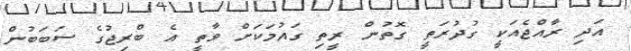
އަދި ރާއްޖެއަކީ ގުދުރަތީ ގޮތުން ރީތި ގައުމަކަށް ވާތީ އެ ބްރިޖުގެ ސަބަބުން